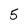
Character: 5